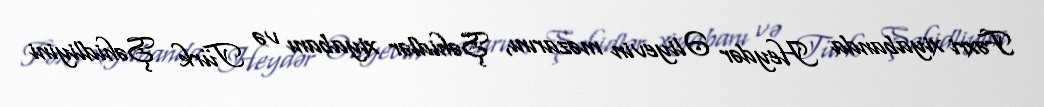
Fəxri xiyabanda Heydər Əliyevin məzarını, Şəhidlər xiyabanı və Türk Şəhidliyini